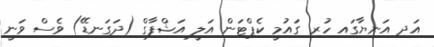
އަދި އަނިޔާގައި ހުރި ގައުމީ ކެޕްޓަން އަލީ އަޝްފާގް (ދަގަނޑޭ) ވެސް ވަނީ